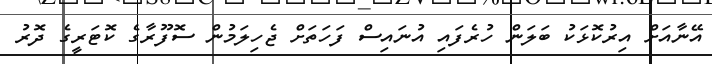
އޭނާއަށް އިރުކޮޅަކު ބަލަން ހުރެފައި އުނައިސް ފަހަތަށް ޖެހިލަމުން ސޮފޫރާގެ ކޮޓަރީގެ ދޮރު